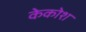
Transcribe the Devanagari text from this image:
केकोश